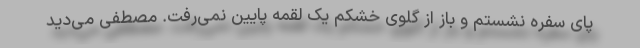
پای سفره نشستم و باز از گلوی خشکم یک لقمه پایین نمی‌رفت. مصطفی می‌دید